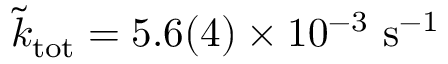
\tilde { k } _ { \mathrm { t o t } } = 5 . 6 ( 4 ) \times 1 0 ^ { - 3 } ~ \mathrm { s ^ { - 1 } }